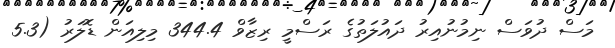
މަސް ދުވަސް ނިމުނުއިރު ދައުލަތުގެ ރަސްމީ ރިޒާވް 344.4 މިލިއަން ޑޮލަރު (5.3